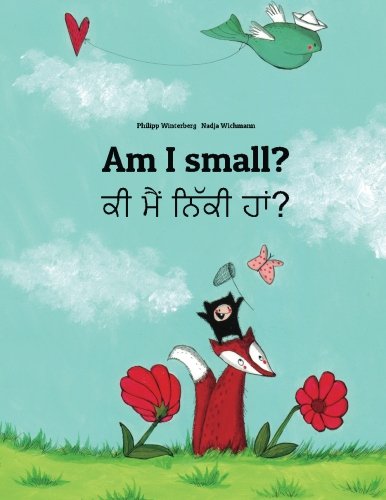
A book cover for Am I small? Ki maim niki ham?: Children's Picture Book English-Punjabi (Bilingual Edition); Philipp Winterberg; Children's Books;